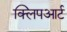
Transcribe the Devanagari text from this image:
क्लिपआर्ट